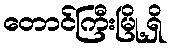
တောင်ကြီးမြို့ရှိ